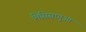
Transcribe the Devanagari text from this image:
मिसिसागुआ